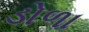
ડોળા